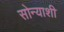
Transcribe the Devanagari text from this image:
सोन्याशी